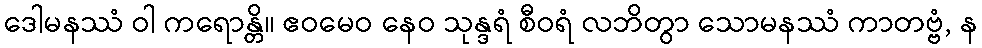
ဒေါမနဿံ ဝါ ကရောန္တိ။ ဧဝမေဝ နေဝ သုန္ဒရံ စီဝရံ လဘိတွာ သောမနဿံ ကာတဗ္ဗံ, န